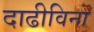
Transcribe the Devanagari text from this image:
दाढीविना